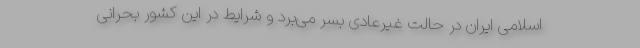
اسلامی ایران در حالت غیرعادی بسر می‌برد و شرایط در این کشور بحرانی